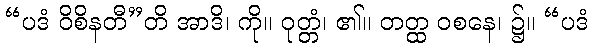
“ပဒံ ဝိစိနတီ”တိ အာဒိ၊ ကို။ ဝုတ္တံ၊ ၏။ တတ္ထ ဝစနေ၊ ၌။ “ပဒံ